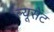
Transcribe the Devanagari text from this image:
ल्यूसेंट